Leprosy in India: report of the Leprosy Commission in India, 1890-91
Year: 1890
Disease focus: Leprosy
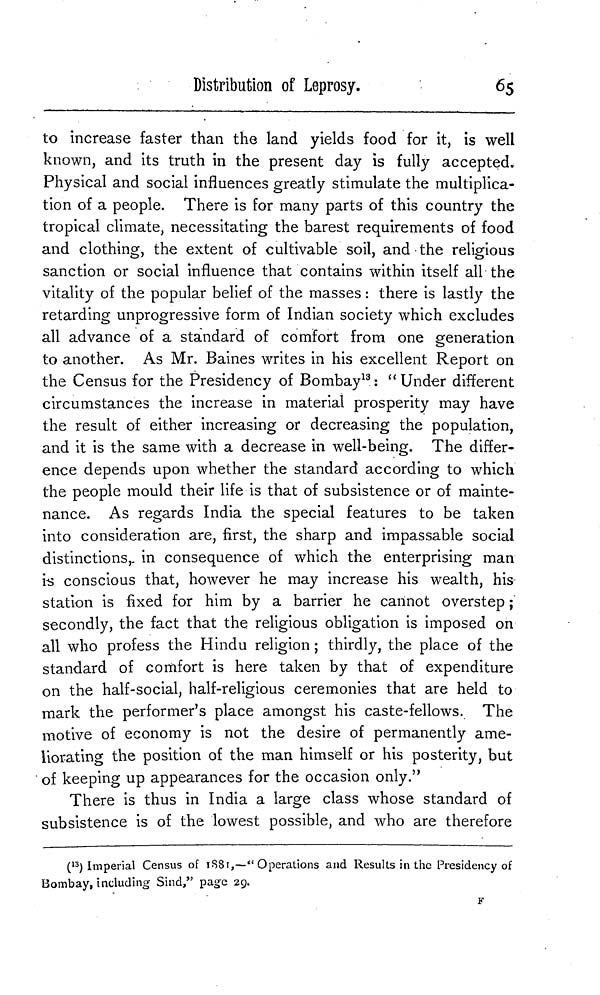
Distribution of Leprosy.
65
to increase faster than the land yields food for it, is well
known, and its truth in the present day is fully accepted.
Physical and social influences greatly stimulate the multiplica-
tion of a people. There is for many parts of this country the
tropical climate, necessitating the barest requirements of food
and clothing, the extent of cultivable soil, and the religious
sanction or social influence that contains within itself all the
vitality of the popular belief of the masses : there is lastly the
retarding unprogressive form of Indian society which excludes
all advance of a standard of comfort from one generation
to another. As Mr. Baines writes in his excellent Report on
the Census for the Presidency of Bombay 13 : " Under different
circumstances the increase in material prosperity may have
the result of either increasing or decreasing the population,
and it is the same with a decrease in well-being. The differ-
ence depends upon whether the standard according to which
the people mould their life is that of subsistence or of mainte-
nance. As regards India the special features to be taken
into consideration are, first, the sharp and impassable social
distinctions,. in consequence of which the enterprising man
is conscious that, however he may increase his wealth, his
station is fixed for him by a barrier he cannot overstep ;
secondly, the fact that the religious obligation is imposed on
all who profess the Hindu religion ; thirdly, the place of the
standard of comfort is here taken by that of expenditure
on the half-social, half-religious ceremonies that are held to
mark the performer's place amongst his caste-fellows. The
motive of economy is not the desire of permanently ame-
liorating the position of the man himself or his posterity, but
of keeping up appearances for the occasion only."
There is thus in India a large class whose standard of
subsistence is of the lowest possible, and who are therefore
( 13 ) Imperial Census of 1881,—" Operations and Results in the Presidency of
Bombay, including Sind," page 29.
F